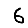
Digit: 6